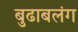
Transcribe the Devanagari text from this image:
बुढाबलंग